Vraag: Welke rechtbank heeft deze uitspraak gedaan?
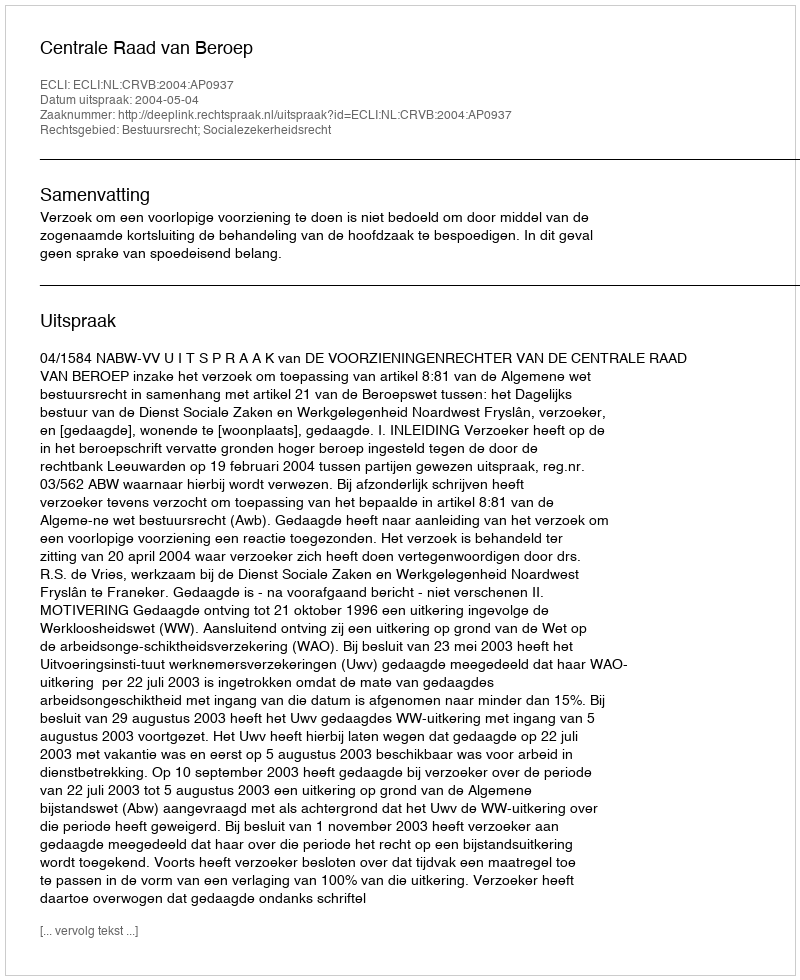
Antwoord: Centrale Raad van Beroep